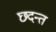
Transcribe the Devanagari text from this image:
छदन्त